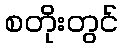
စတိုးတွင်